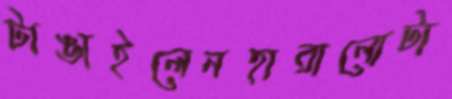
টাঙাইলেনহারানোটা